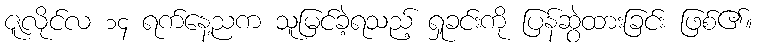
ဇူလိုင်လ ၁၄ ရက်နေ့ညက သူမြင်ခဲ့ရသည့် ရှုခင်းကို ပြန်ဆွဲထားခြင်း ဖြစ်၏။